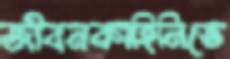
জীবনকাহিনিতে